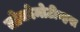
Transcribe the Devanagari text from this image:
लोकोमोटीव्हस